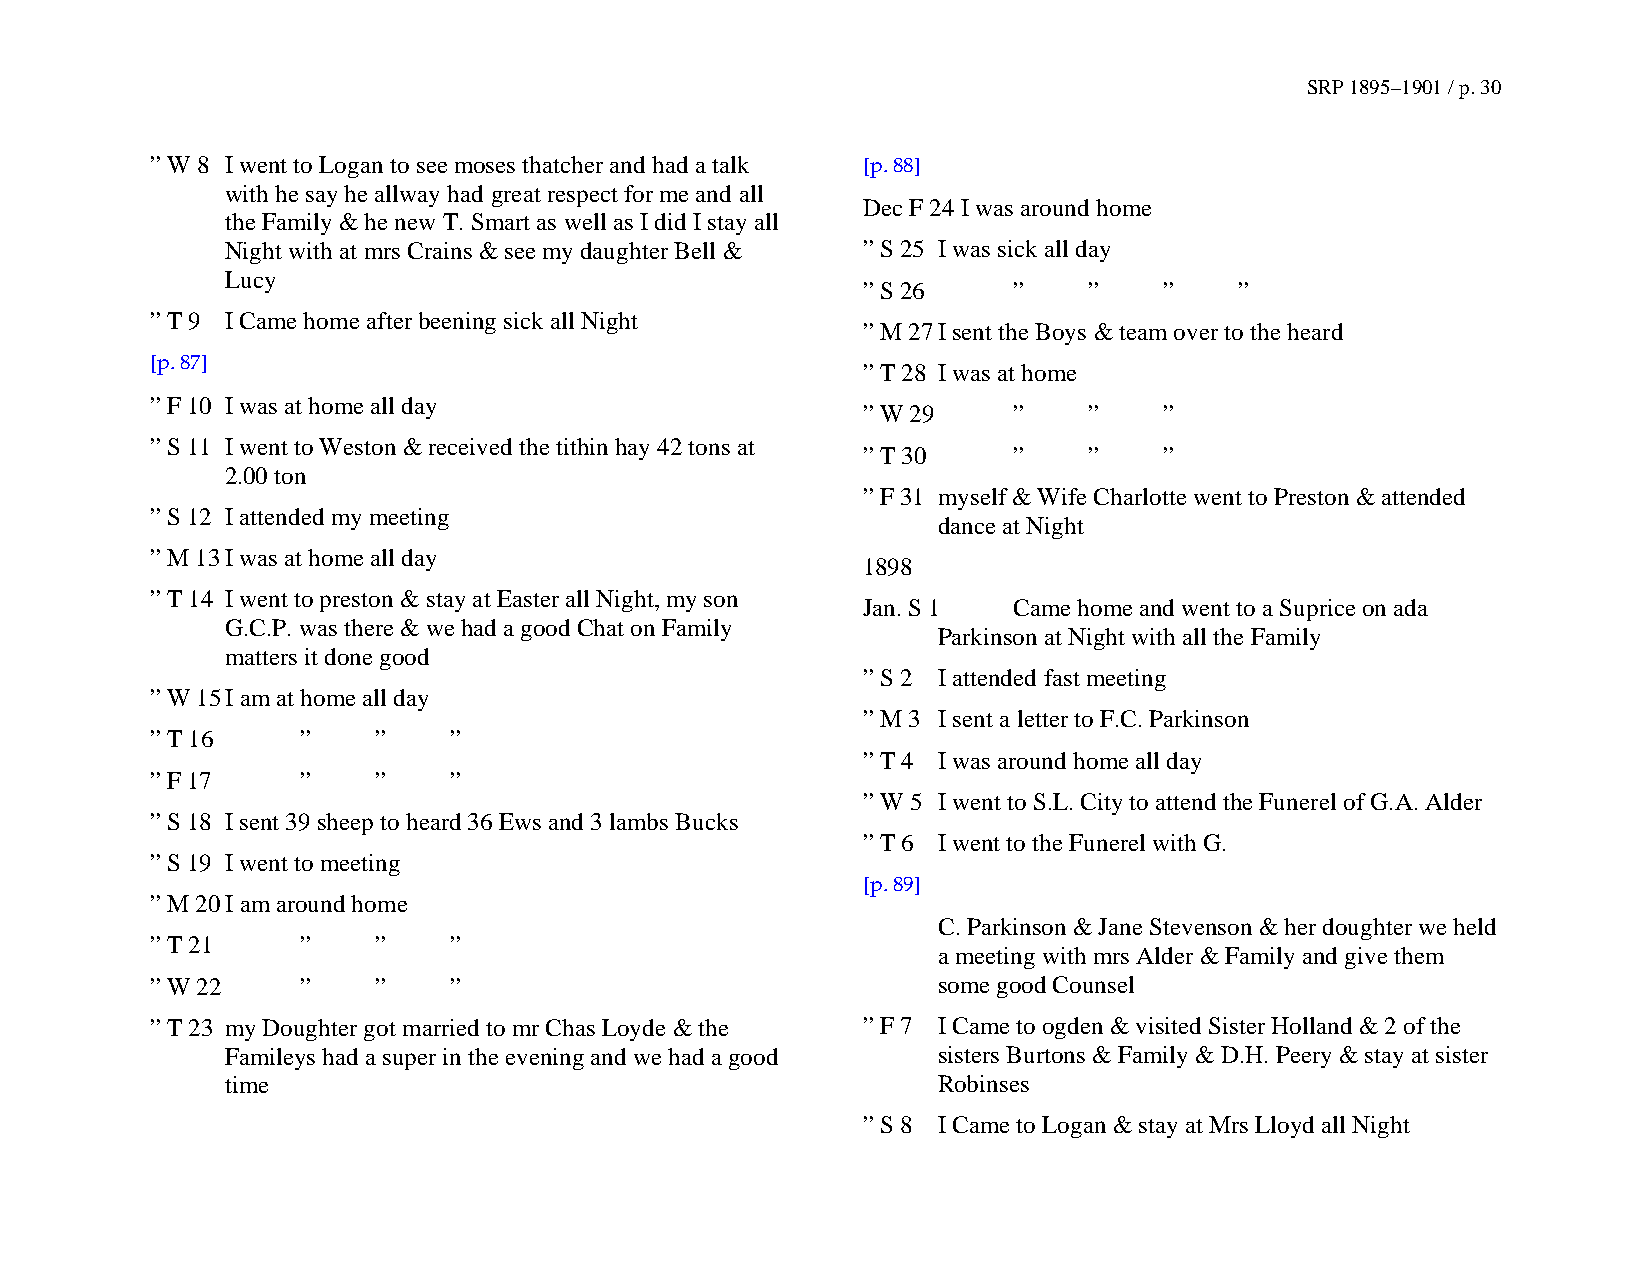
SRP 1895–1901 / p. 30
 ” W 8 I went to Logan to see moses thatcher and had a talk [p. 88]
 with he say he allway had great respect for me and all
 Dec F 24 I was around home
 the Family & he new T. Smart as well as I did I stay all
 Night with at mrs Crains & see my daughter Bell & ” S 25 I was sick all day
 Lucy
 ” S 26    ”    ”    ”    ”
 ” T 9 I Came home after beening sick all Night
 ” M 27 I sent the Boys & team over to the heard
 [p. 87]
 ” T 28 I was at home
 ” F 10 I was at home all day
 ” W 29    ”    ”    ”
 ” S 11 I went to Weston & received the tithin hay 42 tons at
 ” T 30    ”    ”    ”
 2.00 ton
 ” F 31 myself & Wife Charlotte went to Preston & attended
 ” S 12 I attended my meeting
 dance at Night
 ” M 13 I was at home all day
 1898
 ” T 14 I went to preston & stay at Easter all Night, my son
 Jan. S 1  Came home and went to a Suprice on ada
 G.C.P. was there & we had a good Chat on Family
 Parkinson at Night with all the Family
 matters it done good
 ” S 2 I attended fast meeting
 ” W 15 I am at home all day
 ” M 3 I sent a letter to F.C. Parkinson
 ” T 16    ”    ”    ”
 ” T 4 I was around home all day
 ” F 17    ”    ”    ”
 ” W 5 I went to S.L. City to attend the Funerel of G.A. Alder
 ” S 18 I sent 39 sheep to heard 36 Ews and 3 lambs Bucks
 ” T 6 I went to the Funerel with G.
 ” S 19 I went to meeting
 [p. 89]
 ” M 20 I am around home
 C. Parkinson & Jane Stevenson & her doughter we held
 ” T 21    ”    ”    ”
 a meeting with mrs Alder & Family and give them
 ” W 22    ”    ”    ”                               some good Counsel
 ” T 23 my Doughter got married to mr Chas Loyde & the ” F 7 I Came to ogden & visited Sister Holland & 2 of the
 Famileys had a super in the evening and we had a good sisters Burtons & Family & D.H. Peery & stay at sister
 time                                           Robinses
 ” S 8 I Came to Logan & stay at Mrs Lloyd all Night